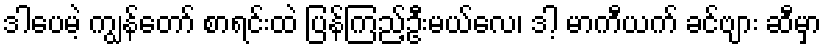
ဒါပေမဲ့ ကျွန်တော် စာရင်းထဲ ပြန်ကြည့်ဦးမယ်လေ၊ ဒါ့ မာကီယက် ခင်ဗျား ဆီမှာ